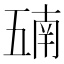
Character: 𫡵